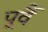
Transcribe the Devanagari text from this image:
पूर्वै